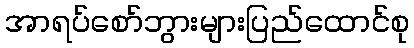
အာရပ်စော်ဘွားများပြည်ထောင်စု